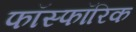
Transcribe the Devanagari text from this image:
फॉस्फॉरिक